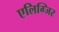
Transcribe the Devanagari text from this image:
एलिग्जिर